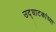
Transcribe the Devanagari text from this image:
उद्घाटकांच्या